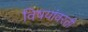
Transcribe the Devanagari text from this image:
विषयांवरती